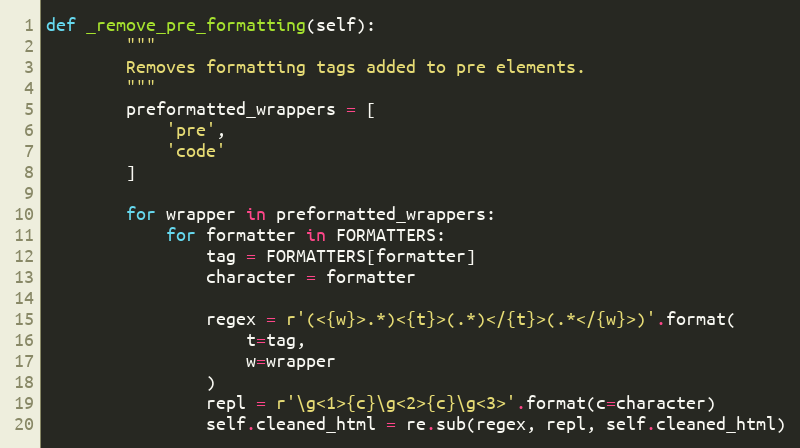
Language: Python
def _remove_pre_formatting(self):
        """
        Removes formatting tags added to pre elements.
        """
        preformatted_wrappers = [
            'pre',
            'code'
        ]

        for wrapper in preformatted_wrappers:
            for formatter in FORMATTERS:
                tag = FORMATTERS[formatter]
                character = formatter

                regex = r'(<{w}>.*)<{t}>(.*)</{t}>(.*</{w}>)'.format(
                    t=tag,
                    w=wrapper
                )
                repl = r'\g<1>{c}\g<2>{c}\g<3>'.format(c=character)
                self.cleaned_html = re.sub(regex, repl, self.cleaned_html)